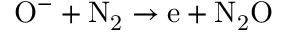
\mathrm { O ^ { - } + N _ { 2 } \to e + N _ { 2 } O }